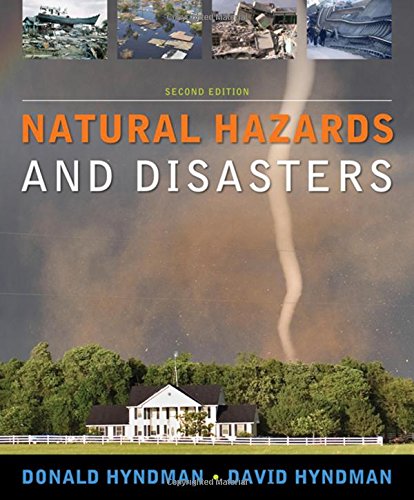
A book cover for Natural Hazards and Disasters; Donald Hyndman; Science & Math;